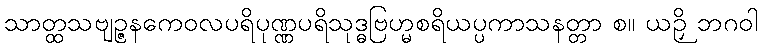
သာတ္ထသဗျဉ္ဇနကေဝလပရိပုဏ္ဏပရိသုဒ္ဓဗြဟ္မစရိယပ္ပကာသနတ္တာ စ။ ယဉှိ ဘဂဝါ